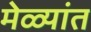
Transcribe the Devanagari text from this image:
मेळ्यांत